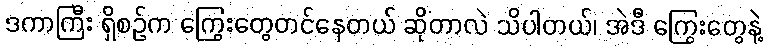
ဒကာကြီး ရှိစဉ်က ကြွေးတွေတင်နေတယ် ဆိုတာလဲ သိပါတယ်၊ အဲဒီ ကြွေးတွေနဲ့